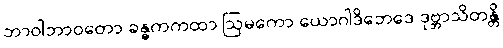
ဘာဝါဘာဝတော ခန္ဓကကထာ ဩမကော ယောဂါဒိဘေဒေ ဒုဗ္ဘာသိတန္တိ